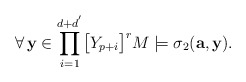
\begin{align*}\forall\,\mathbf{y}\in\displaystyle{\prod_{i=1}^{d+d^{'}}}\big{[}Y_{p+i}\big{]}^{r}M\models\sigma_2(\mathbf{a},\mathbf{y}).\end{align*}